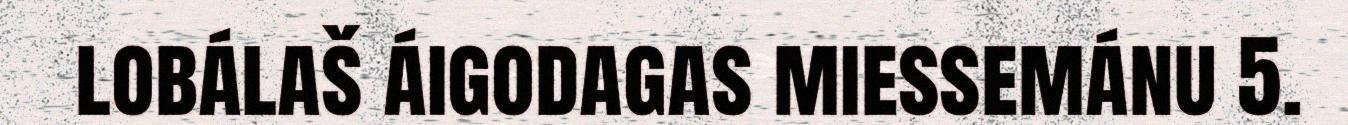
lobálaš áigodagas miessemánu 5.